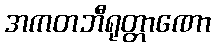
အကတဘီရုတ္တာဏော